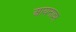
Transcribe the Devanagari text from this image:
आयनावर